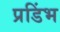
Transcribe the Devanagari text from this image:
प्रडिंभ